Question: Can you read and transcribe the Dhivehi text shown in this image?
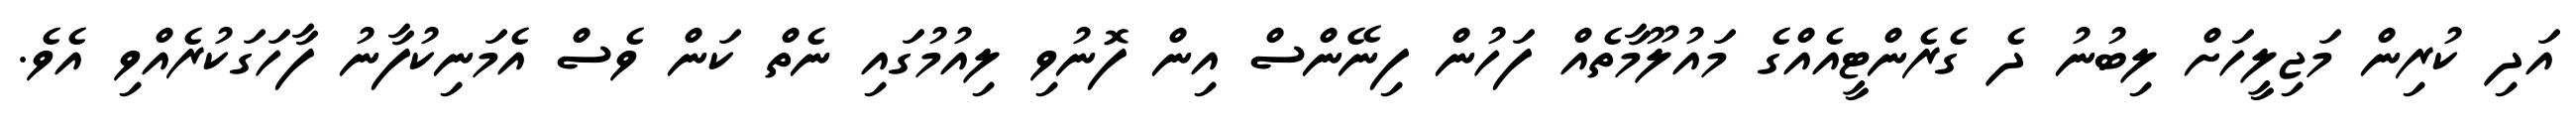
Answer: އަދި ކުރިން މަޖިލީހަށް ލިބުނު ދެ ގެރެންޓީއެއްގެ މައުލޫމާތެއް ފަހުން ފިނޭންސް އިން ފޮނުވި ލިއުމުގައި ނެތް ކަން ވެސް އެމަނިކުފާނު ފާހަގަކުރެއްވި އެވެ.